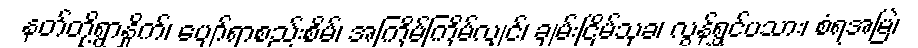
နတ်တို့ရွာနှိုက်၊ ပျော်ရာစည်းစိမ်၊ အကြိမ်ကြိမ်လျှင်၊ ချမ်းငြိမ်သုခ၊ လွန်ရွှင်ပသား၊ စံရအမြဲ၊